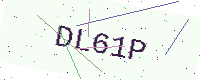
Text: DL61P